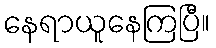
နေရာယူနေကြပြီ။